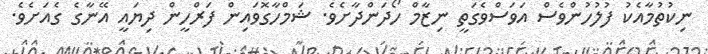
ނިކުތުމާއެކު ފުލުހުންވެސް އަވަސްވެގަތީ ނިޒާމް ހޯދަންދާށެވެ. ޝަމްހާގޮވައިން ފަރްހީން ދިޔައީ އޭނާގެ ގެއަށެވެ.